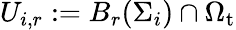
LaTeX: U_{i,r}:=B_{r}(\Sigma_{i})\cap\Omega_{\mathrm{t}}